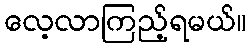
လေ့လာကြည့်ရမယ်။